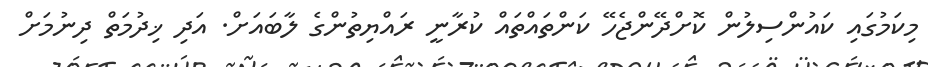
މިކަމުގައި ކައުންސިލުން ކޮށްދޭންޖެހޭ ކަންތައްތައް ކުރާނީ ރައްޔިތުންގެ ލާބައަށް. އަދި ޚިދުމަތް ދިނުމަށް